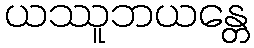
ယဿူဘယန္တေ